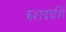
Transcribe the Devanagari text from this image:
रुशददर्शि